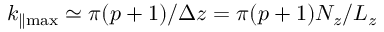
k _ { \parallel \operatorname* { m a x } } \simeq \pi ( p + 1 ) / \Delta z = \pi ( p + 1 ) N _ { z } / L _ { z }